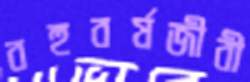
বহুবর্ষজীবী